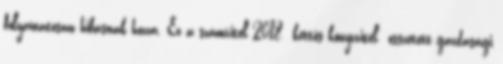
folyamatosan hibásnak hozza. Ez a számvitel 2018 kettős könyvvitel összetett gazdasági